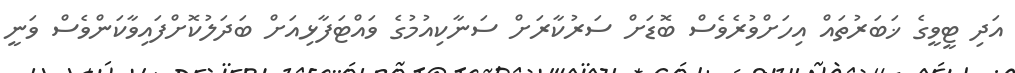
އަދި ޓީވީގެ ޚަބަރުތައް އިހަށްވުރެވެސް ބޮޑަށް ސަރުކާރަށް ސަނާކިއުމުގެ ވައްޓަފާޅިއަށް ބަދަލުކޮށްފައިވާކަންވެސް ވަނީ